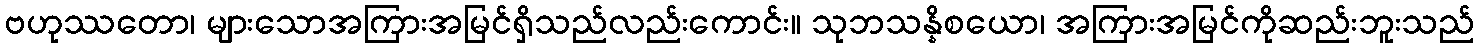
ဗဟုဿတော၊ များသောအကြားအမြင်ရှိသည်လည်းကောင်း။ သုဘသန္နိစယော၊ အကြားအမြင်ကိုဆည်းဘူးသည်